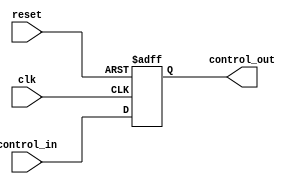
module ControlRegister #(
    parameter N = 8  // Parameter for the size of the control register (number of bits)
) (
    input wire clk,                // Clock input
    input wire reset,              // Reset signal
    input wire [N-1:0] control_in, // Control input signals
    output reg [N-1:0] control_out // Control output signals
);

    // Asynchronous reset functionality
    always @(posedge clk or posedge reset) begin
        if (reset) begin
            control_out <= {N{1'b0}}; // Reset control register to 0
        end else begin
            control_out <= control_in; // Update control register with input values
        end
    end
  
endmodule